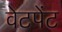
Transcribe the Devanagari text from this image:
वेटपेंट